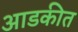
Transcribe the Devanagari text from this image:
आडकीत